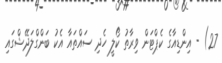
27) - އިންޑިއާގެ ކެޕްޓަން ވިރާތު ކޯލީ ހެދި ސައްތައާ އެކު ބަންގްލަދޭޝްގައި